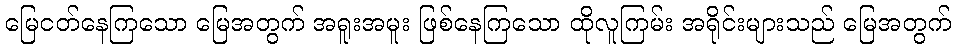
မြေငတ်နေကြသော မြေအတွက် အရူးအမူး ဖြစ်နေကြသော ထိုလူကြမ်း အရိုင်းများသည် မြေအတွက်